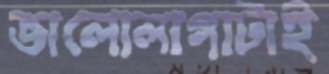
ভালোলাগাটাই